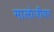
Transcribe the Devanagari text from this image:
मालोजीवर